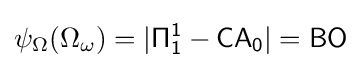
\psi _{\Omega }(\Omega _{\omega })=|{\mathsf {\Pi _{1}^{1}-CA_{0}}}|={\mathsf {BO}}